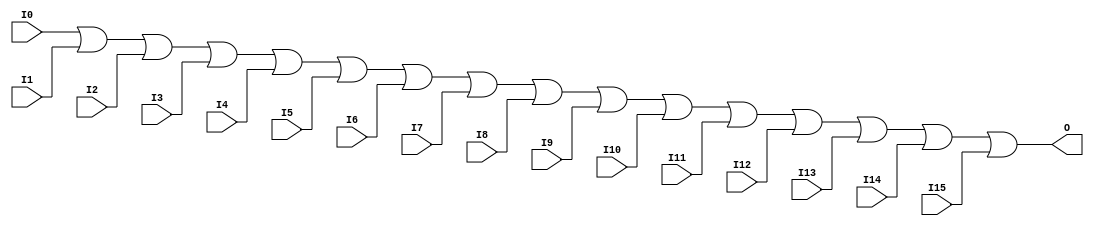
//    Xilinx Proprietary Primitive Cell X_OR16 for Verilog
//
// $Header: /devl/xcs/repo/env/Databases/CAEInterfaces/verplex_libs/data/simprims/X_OR16.v,v 1.3.198.3 2004/09/28 20:47:46 wloo Exp $
//

`celldefine
`timescale 1 ps/1 ps

module X_OR16 (O, I0, I1, I2, I3, I4, I5, I6, I7,
               I8, I9, I10, I11, I12, I13, I14, I15);

  output O;
  input I0, I1, I2, I3, I4, I5, I6, I7,
        I8, I9, I10, I11, I12, I13, I14, I15;

  or (O, I0, I1, I2, I3, I4, I5, I6, I7,
      I8, I9, I10, I11, I12, I13, I14, I15);

endmodule